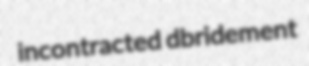
incontracted dbridement